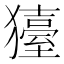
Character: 𤢬